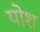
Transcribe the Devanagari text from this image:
योश